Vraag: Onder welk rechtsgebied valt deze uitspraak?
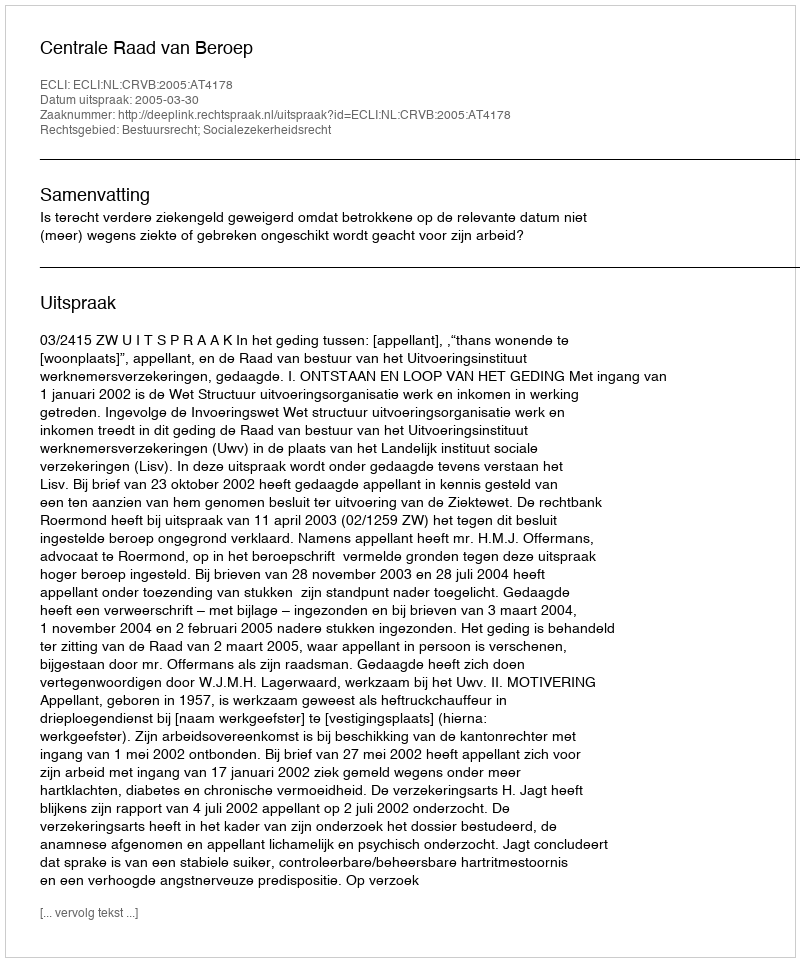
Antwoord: Bestuursrecht; Socialezekerheidsrecht